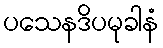
ပသေနဒိပမုခါနံ